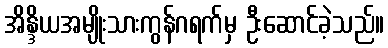
အိန္ဒိယအမျိုးသားကွန်ဂရက်မှ ဦးဆောင်ခဲ့သည်။